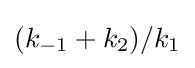
(k_{-1}+k_{2})/k_{1}